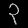
Digit: ၃